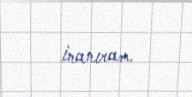
inanıram.